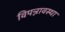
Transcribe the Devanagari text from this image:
विपन्नावस्था